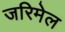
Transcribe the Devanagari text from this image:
जरिमेल